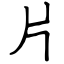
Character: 片